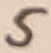
Text: 5